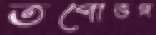
তপোভঙ্গ